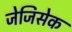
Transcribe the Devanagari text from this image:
जेजिसेक